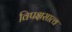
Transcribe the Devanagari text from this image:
विपक्षसात्व